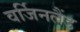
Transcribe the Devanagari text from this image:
वर्जिनलैंड